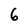
Character: 6